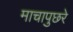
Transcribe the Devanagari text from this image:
माचापुछरे